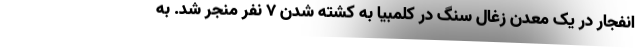
انفجار در یک معدن زغال سنگ در کلمبیا به کشته شدن 7 نفر منجر شد. به